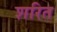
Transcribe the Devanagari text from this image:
शरित